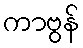
ကာဗွန်